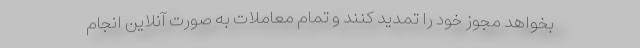
بخواهد مجوز خود را تمدید کنند و تمام معاملات به صورت آنلاین انجام